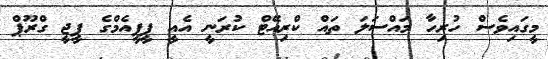
މީގައިވެސް ހުރިހާ މައްސަލަ ތައް ކްރިއޭޓް ކުރަނީ އެއީ ޕީޕީއެމްގެ ޕީޖީ ގްރޫޕް